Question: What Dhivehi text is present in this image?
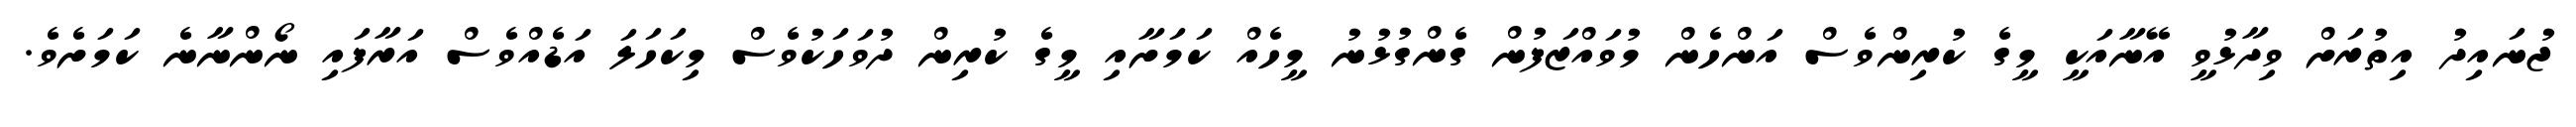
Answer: ޖުނައިދު އިތުރަށް ވިދާޅުވީ އޭނާއަކީ މީގެ ކުރިންވެސް އަންހެން މުވައްޒަފުން ގެންގުޅުނު މީހެއް ކަމަށާއި މީގެ ކުރިން ދުވަހަކުވެސް މިކަހަލަ އަޑެއްވެސް އަރާފައި ނޯންނާނެ ކަމަށެވެ.